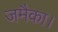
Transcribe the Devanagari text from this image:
जमैका।